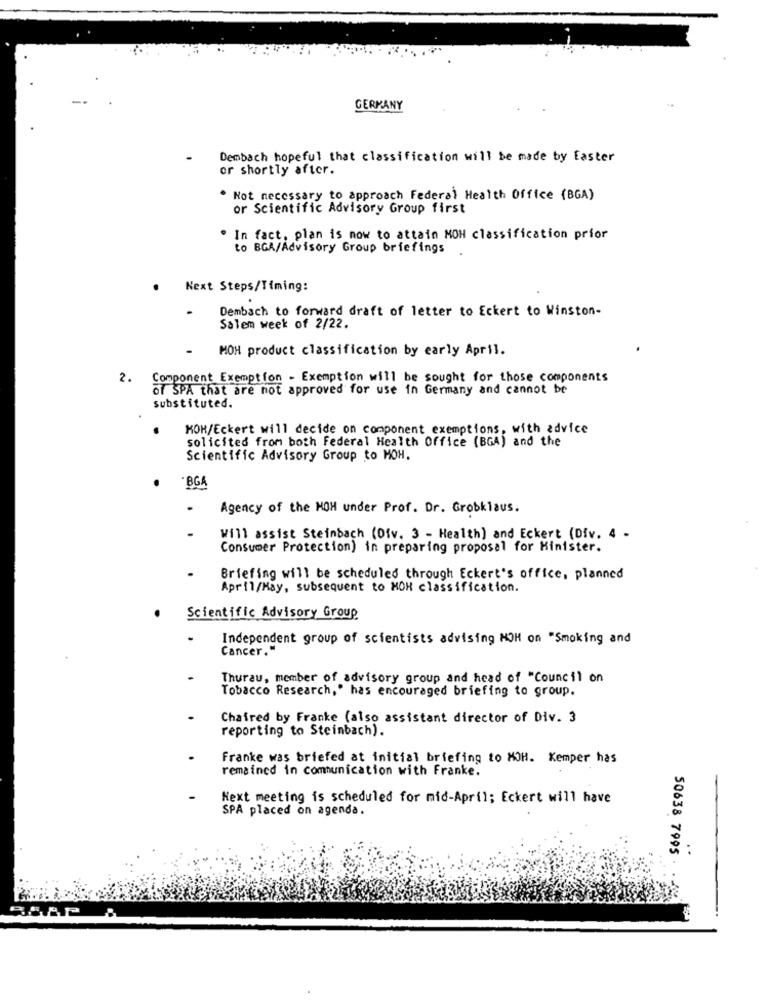
GERMANY
Dembach hopeful that classification will be made by Easter
or shortly after.
. Not necessary to approach Federal Health Office (BGA)
or Scientific Advisory Group first
In fact, plan is now to attain MOH classification prior
to BGA/Advisory Group briefings
Next Steps/Timing:
.
Dembach to forward draft of letter to Eckert to Winston-
Salem week of 2/22.
MOH product classification by early April.
2.
Component Exemption - Exemption will be sought for those components
of SPA that are not approved for use in Germany and cannot be
substituted.
KOH/Eckert will decide on component exemptions, with advice
solicited from both Federal Health Office (BGA) and the
Scientific Advisory Group to MOH.
"BG
Agency of the MOH under Prof. Dr. Grobklaus.
Will assist Steinbach (Ofv. 3 - Health) and Eckert (Div. 4 -
Consumer Protection) in preparing proposal for Minister.
Briefing will be scheduled through Eckert's office, planned
April/May, subsequent to MOR classification.
Scientific Advisory Group
Independent group of scientists advising HOH on "Smoking and
Cancer."
Thurau, member of advisory group and head of "Council on
Tobacco Research," has encouraged briefing to group.
Chaired by Franke (also assistant director of Div. 3
reporting to Steinbach).
Franke was briefed at initial briefing to MOH. Kemper has
remained in communication with Franke.
Next meeting is scheduled for mid-April; Eckert will have
SPA placed on agenda.
..
50638 7995